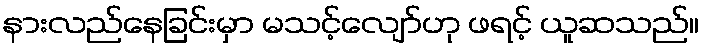
နားလည်နေခြင်းမှာ မသင့်လျော်ဟု ဖရင့် ယူဆသည်။